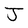
Character: J